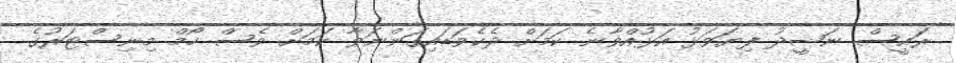
ރައީސް ނަޝީދު ފިޔަވަޅު އަޅުއްވާނެ ކަމަށް ދެކެވަޑައިގަންނަވާ ކަމަށް ވެސް ހޯމް މިނިސްޓަރުގެ